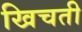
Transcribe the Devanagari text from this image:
खिचती